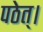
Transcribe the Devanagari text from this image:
पठेत्‌।